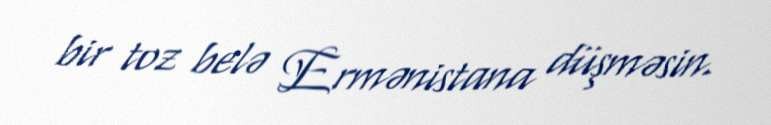
bir toz belə Ermənistana düşməsin.